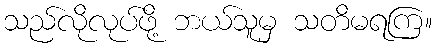
သည်လိုလုပ်ဖို့ ဘယ်သူမှ သတိမရကြ။